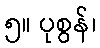
၅။ ပုစွန်၊